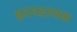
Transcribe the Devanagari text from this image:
ह्रदयद्रावक